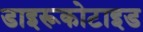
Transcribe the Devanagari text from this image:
डाइरूकोटाइड